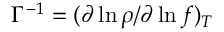
\Gamma ^ { - 1 } = ( \partial \ln \rho / \partial \ln f ) _ { T }